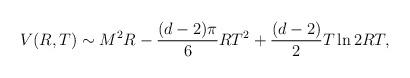
LaTeX: \begin{align*}V(R,T)\sim M^2R-\frac{(d-2)\pi}{6}RT^2+\frac{(d-2)}{2}T\ln2RT,\end{align*}